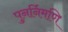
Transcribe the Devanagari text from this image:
पुनर्निमणि